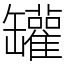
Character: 罐